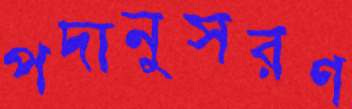
পদানুসরণ